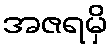
အဇရမှိ